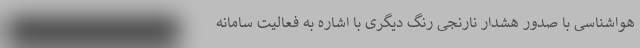
هواشناسی با صدور هشدار نارنجی رنگ دیگری با اشاره به فعالیت سامانه